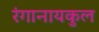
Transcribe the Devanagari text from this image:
रंगानायकुल